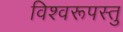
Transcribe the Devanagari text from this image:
विश्वरूपस्तु